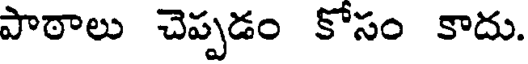
పాఠాలు చెప్పడం కోసం కాదు.